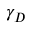
\gamma _ { D }